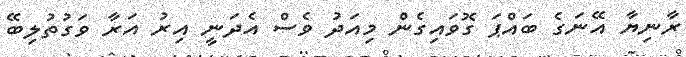
ރާނިޔާ އޭނަގެ ބައްޕަ ގޮވައިގެން މިއަދު ވެސް އެދަނީ އިރު އަރާ ވަގުތުލިބޭ